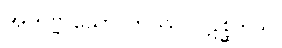
အဘဗ္ဗ သော တဿ ပဋိစ္ဆဒါယ၊